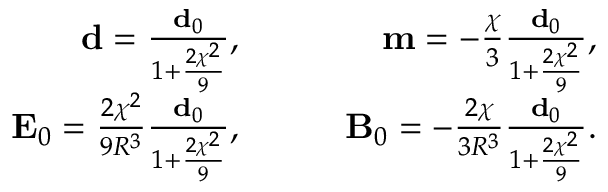
\begin{array} { r l r } { \mathbf { d } = \frac { \mathbf { d } _ { 0 } } { 1 + \frac { 2 \chi ^ { 2 } } { 9 } } , } & { { } \quad } & { \mathbf { m } = - \frac { \chi } { 3 } \frac { \mathbf { d } _ { 0 } } { 1 + \frac { 2 \chi ^ { 2 } } { 9 } } , } \\ { \mathbf { E } _ { 0 } = \frac { 2 \chi ^ { 2 } } { 9 R ^ { 3 } } \frac { \mathbf { d } _ { 0 } } { 1 + \frac { 2 \chi ^ { 2 } } { 9 } } , } & { { } \quad } & { \mathbf { B } _ { 0 } = - \frac { 2 \chi } { 3 R ^ { 3 } } \frac { \mathbf { d } _ { 0 } } { 1 + \frac { 2 \chi ^ { 2 } } { 9 } } . } \end{array}